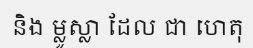
និង ម្លូស្លា ដែល ជា ហេតុ